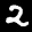
Label: 2